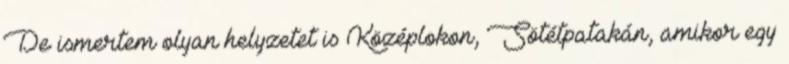
De ismertem olyan helyzetet is Középlokon, Sötétpatakán, amikor egy